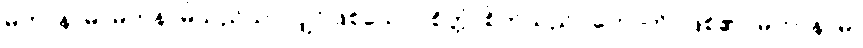
မဟာနာမ၊ မဟနာမ်သည်သာလျှင်ဖြစ်သော။ စိတ္တံ၊ စိတ်သည်။ ဟောတိ၊ ဖြစ်၏။ မဟာနာမ၊